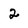
Character: 2